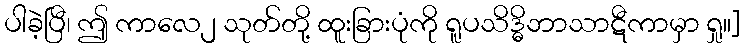
ပါခဲ့ပြီ၊ ဤ ကာလေ၂ သုတ်တို့ ထူးခြားပုံကို ရူပသိဒ္ဓိဘာသာဋီကာမှာ ရှု။]